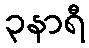
၃နာရီ